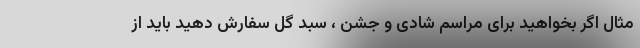
مثال اگر بخواهید برای مراسم شادی و جشن ، سبد گل سفارش دهید باید از